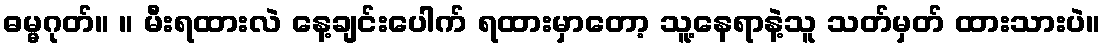
ဓမ္မဂုတ်။ ။ မီးရထားလဲ နေ့ချင်းပေါက် ရထားမှာတော့ သူ့နေရာနဲ့သူ သတ်မှတ် ထားသားပဲ။